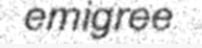
emigree